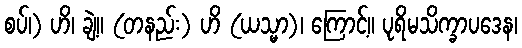
စပ်၊) ဟိ၊ ချဲ့။ (တနည်း) ဟိ (ယသ္မာ)၊ ကြောင့်။ ပုရိမသိက္ခာပဒေန၊